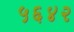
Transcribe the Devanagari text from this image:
५६४२